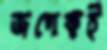
জগেকই